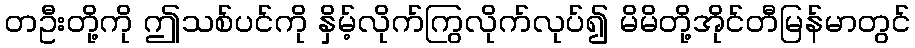
တဦးတို့ကို ဤသစ်ပင်ကို နှိမ့်လိုက်ကြွလိုက်လုပ်၍ မိမိတို့အိုင်တီမြန်မာတွင်